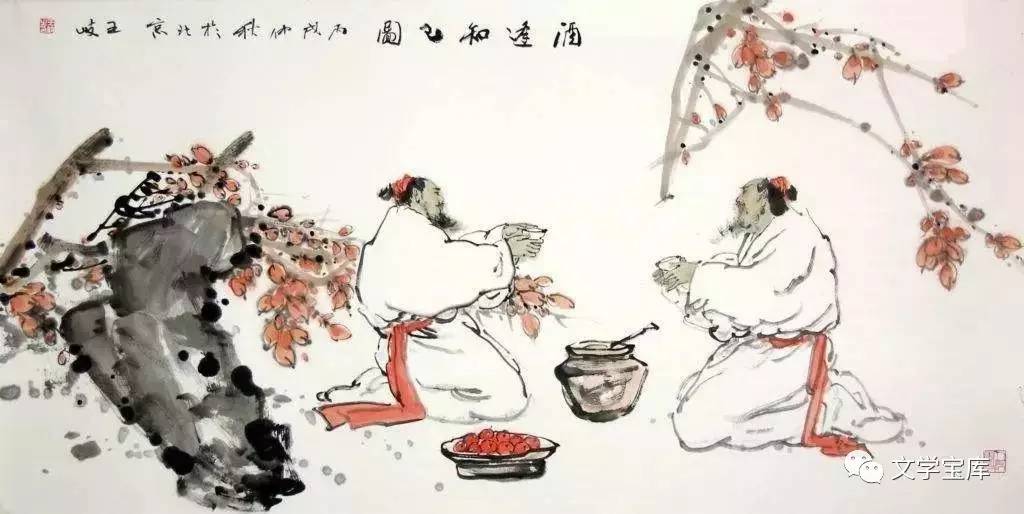
见善，修然必以自存也见不善，愀然必以自省也。善在身，介然必以自好也不善在身，菑然必以自恶也。